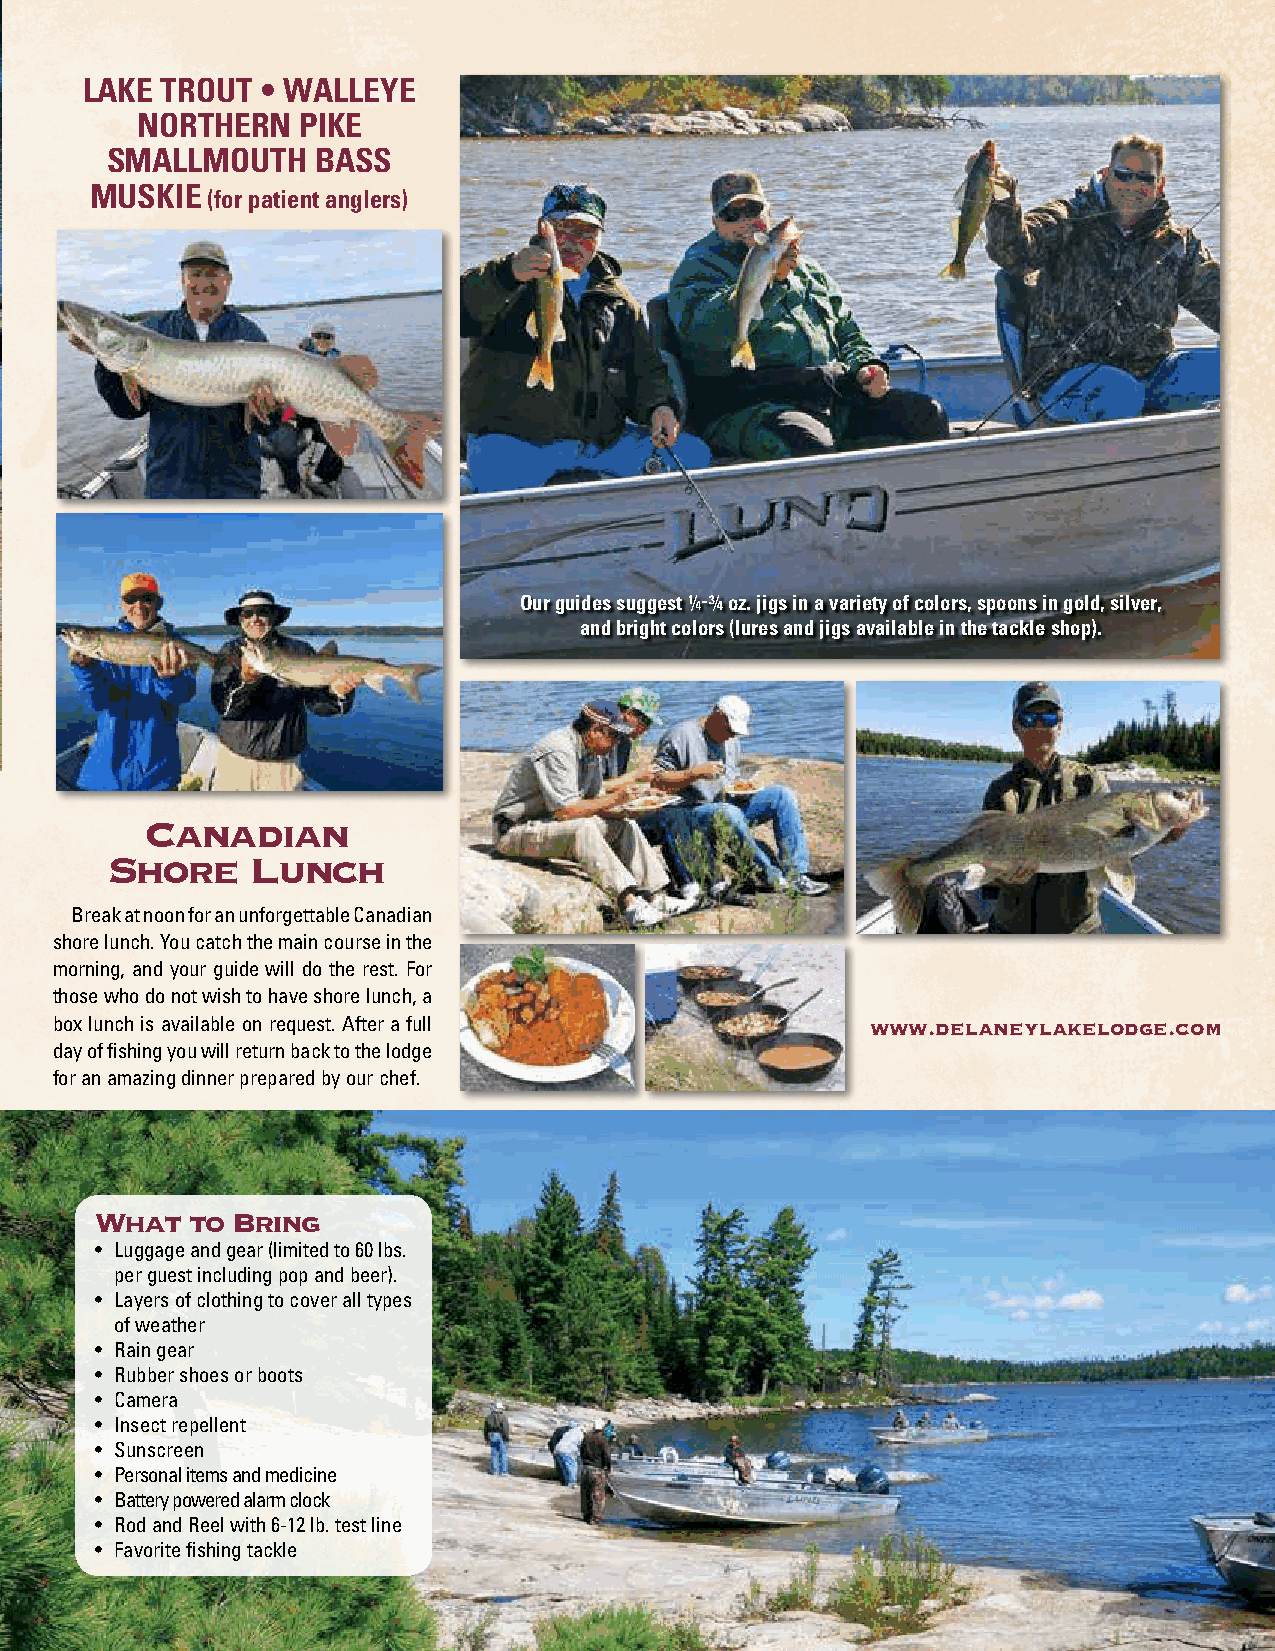
LAKE  TROUT • WALLEYE
 NORTHERN   PIKE
 SMALLMOUTH    BASS
 MUSKIE
 (for patient anglers)
 Our guides suggest ¼- ¾ oz. jigs in a variety of colors, spoons in gold, silver,
 and bright colors (lures and jigs available in the tackle shop).
 Canadian
 Shore    Lunch
 Break at noon for an unforgettable Canadian
 shore lunch. You catch the main course in the
 morning, and your guide will do the rest. For
 those who do not wish to have shore lunch, a
 box lunch is available on request. After a full        www.delaneylakelodge.com
 day of fishing you will return back to the lodge
 for an amazing dinner prepared by our chef.
 What   to Bring
 • Luggage and gear (limited to 60 lbs.
 per guest including pop and beer).
 • Layers of clothing to cover all types
 of weather
 • Rain gear
 • Rubber shoes or boots
 • Camera
 • Insect repellent
 • Sunscreen
 • Personal items and medicine
 • Battery powered alarm clock
 • Rod and Reel with 6-12 lb. test line
 • Favorite fishing tackle